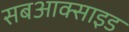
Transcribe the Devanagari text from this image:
सबआक्साइड